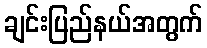
ချင်းပြည်နယ်အတွက်